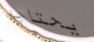
يحتاجه